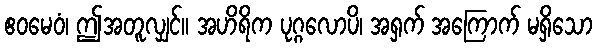
ဧဝမေဝံ၊ ဤအတူလျှင်။ အဟိရိက ပုဂ္ဂလောပိ၊ အရှက် အကြောက် မရှိသော